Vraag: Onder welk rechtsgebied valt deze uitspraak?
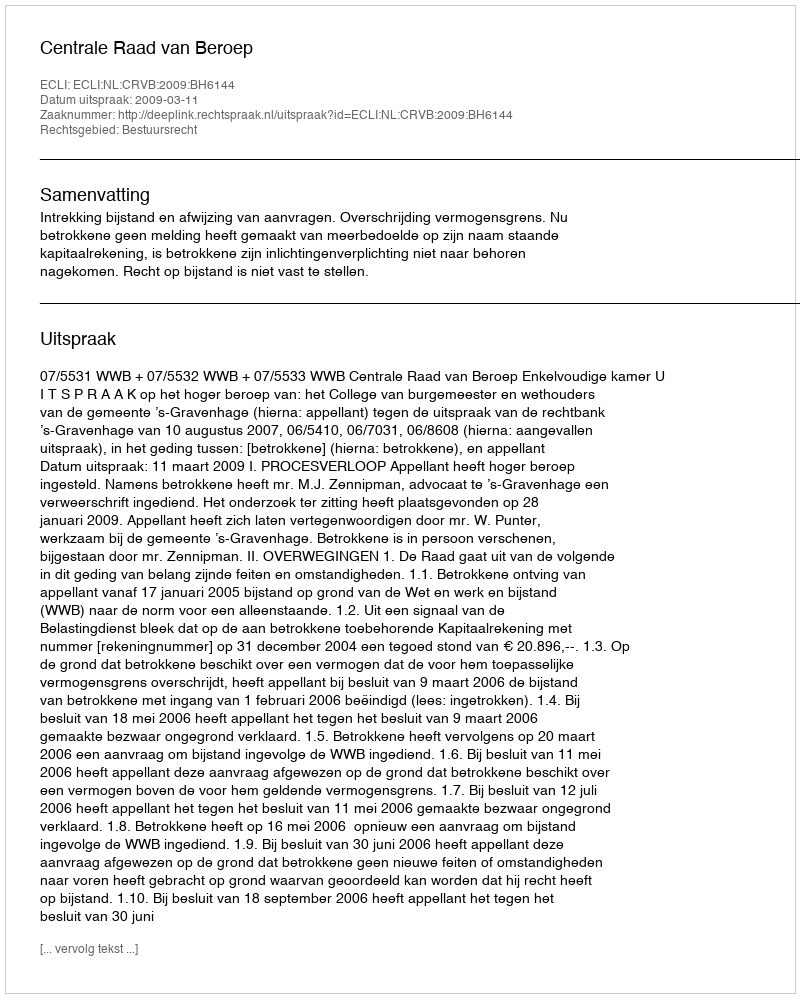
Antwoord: Bestuursrecht